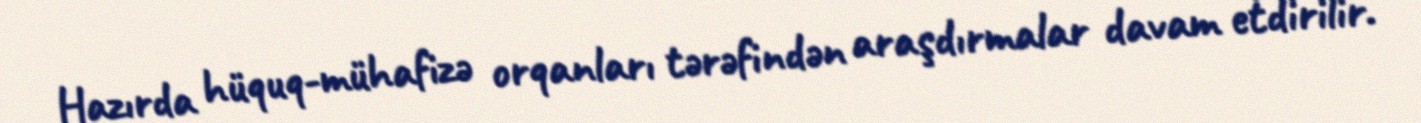
Hazırda hüquq-mühafizə orqanları tərəfindən araşdırmalar davam etdirilir.